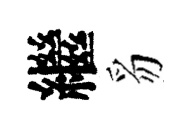
繼豸